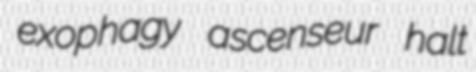
exophagy ascenseur halt